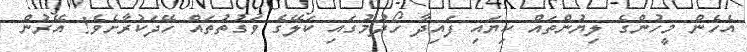
އެހެން މީހުންގެ ލިޔުންތައް ކިޔައި ފައިދާ ހޯދުމުގައި ކަލޭގެ ވަގުތުތައް ހޭދަކުރާށެވެ! އޭރުން